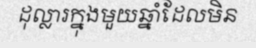
ដុល្លារក្នុងមួយឆ្នាំដែលមិន